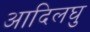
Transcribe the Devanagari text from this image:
आदिलघु